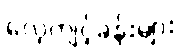
လေ့ကျင့်ခန်းများ